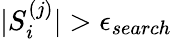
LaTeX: \vert S_{i}^{(j)}\vert>\epsilon_{search}